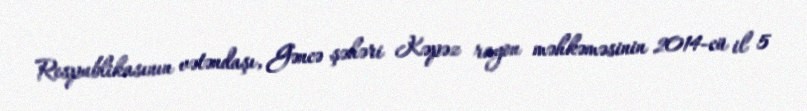
Respublikasının vətəndaşı, Gəncə şəhəri Kəpəz rayon məhkəməsinin 2014-cü il 5